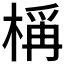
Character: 𬃣